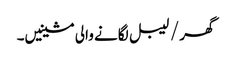
گھر / لیبل لگانے والی مشینیں۔